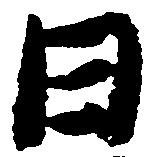
日